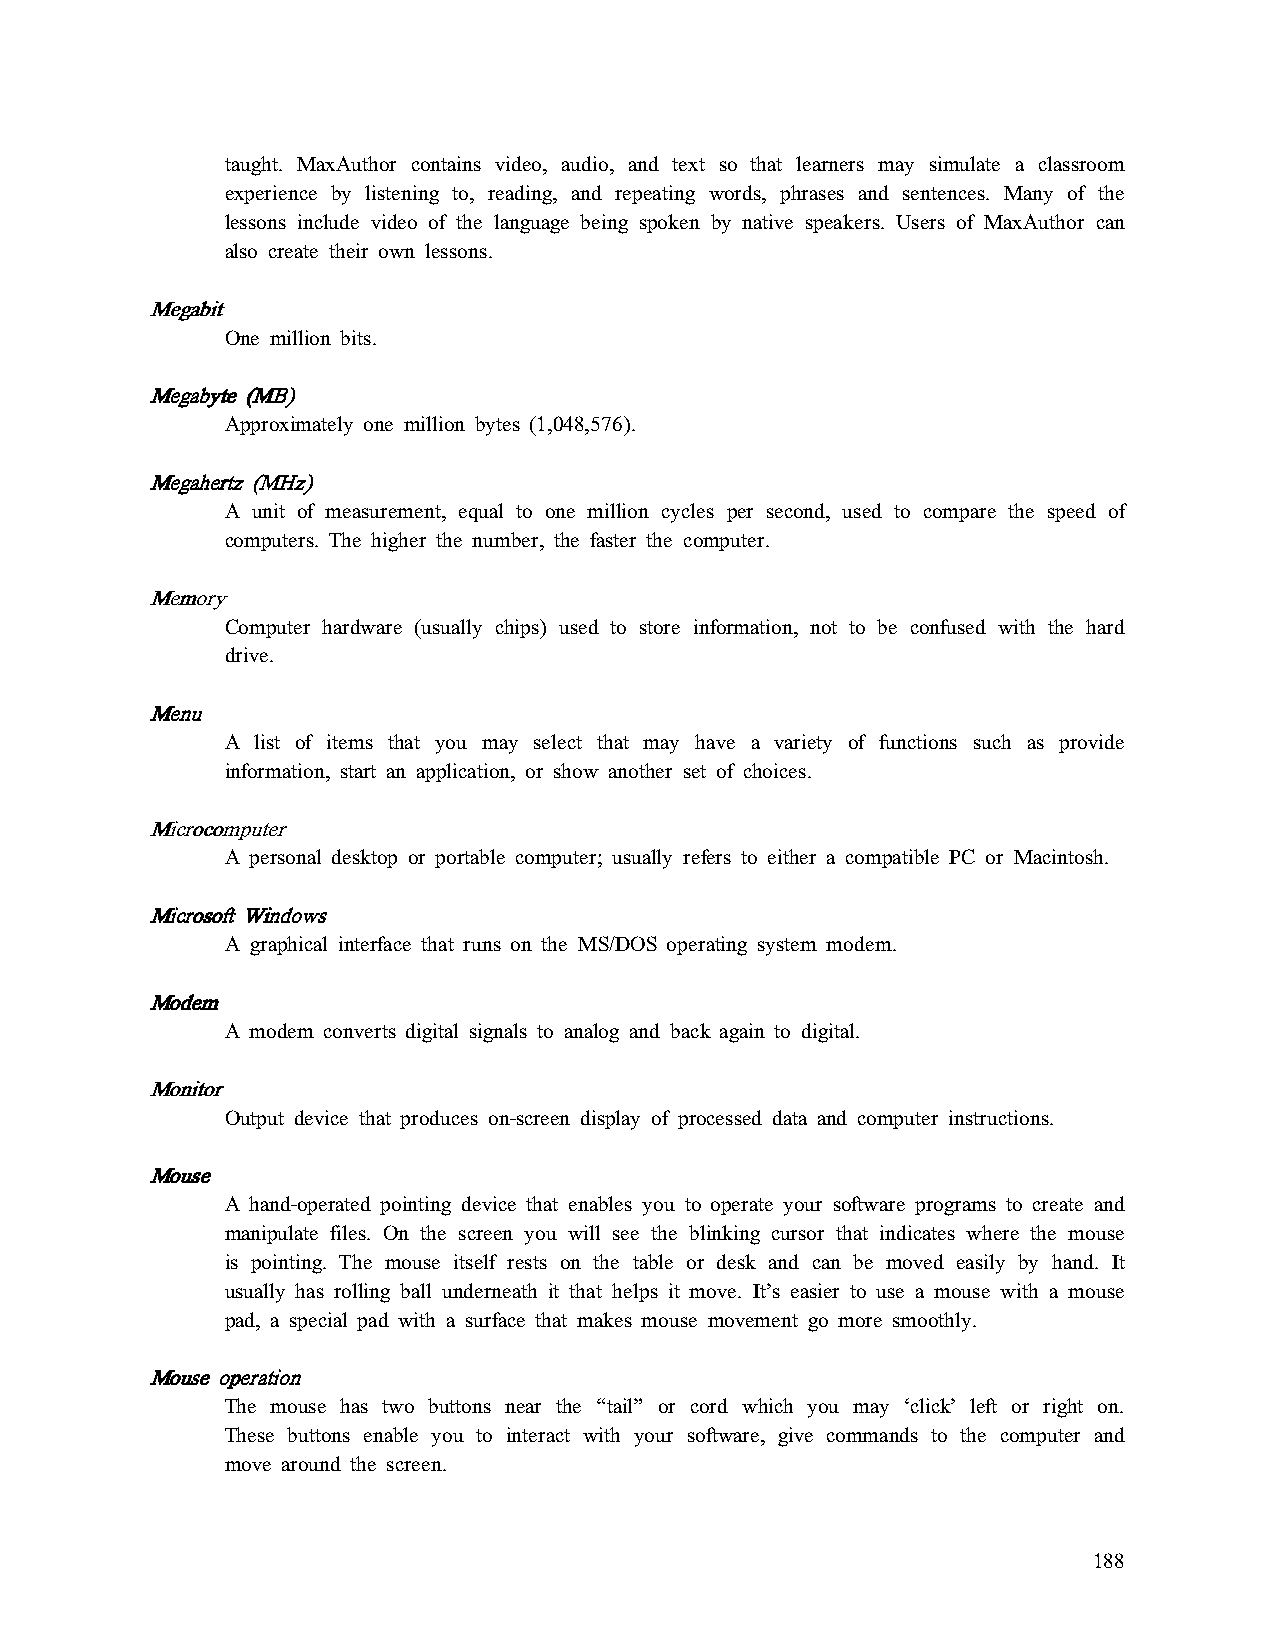
taught. MaxAuthor contains video, audio, and text so that learners may simulate a classroom
 experience by listening to, reading, and repeating words, phrases and sentences. Many of the
 lessons include video of the language being spoken by native speakers. Users of MaxAuthor can
 also create their own lessons.
 MMMMeeeeggggaaaabbbbiiiitttt
 One million bits.
 MMMMeeeeggggaaaabbbbyyyytttteeee ((((MMMMBBBB))))
 Approximately one million bytes (1,048,576).
 MMMMeeeeggggaaaahhhheeeerrrrttttzzzz ((((MMMMHHHHzzzz))))
 A unit of measurement, equal to one million cycles per second, used to compare the speed of
 computers. The higher the number, the faster the computer.
 MMMMeeeemmmmoooorrrryyyy
 Computer hardware (usually chips) used to store information, not to be confused with the hard
 drive.
 MMMMeeeennnnuuuu
 A list of items that you may select that may have a variety of functions such as provide
 information, start an application, or show another set of choices.
 MMMMiiiiccccrrrrooooccccoooommmmppppuuuutttteeeerrrr
 A personal desktop or portable computer; usually refers to either a compatible PC or Macintosh.
 MMMMiiiiccccrrrroooossssoooofffftttt WWWWiiiinnnnddddoooowwwwssss
 A graphical interface that runs on the MS/DOS operating system modem.
 MMMMooooddddeeeemmmm
 A modem converts digital signals to analog and back again to digital.
 MMMMoooonnnniiiittttoooorrrr
 Output device that produces on-screen display of processed data and computer instructions.
 MMMMoooouuuusssseeee
 A hand-operated pointing device that enables you to operate your software programs to create and
 manipulate files. On the screen you will see the blinking cursor that indicates where the mouse
 is pointing. The mouse itself rests on the table or desk and can be moved easily by hand. It
 usually has rolling ball underneath it that helps it move. It’s easier to use a mouse with a mouse
 pad, a special pad with a surface that makes mouse movement go more smoothly.
 MMMMoooouuuusssseeee ooooppppeeeerrrraaaattttiiiioooonnnn
 The mouse has two buttons near the “tail” or cord which you may ‘click’ left or right on.
 These buttons enable you to interact with your software, give commands to the computer and
 move around the screen.
 188